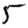
Digit: 5